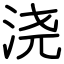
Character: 浇